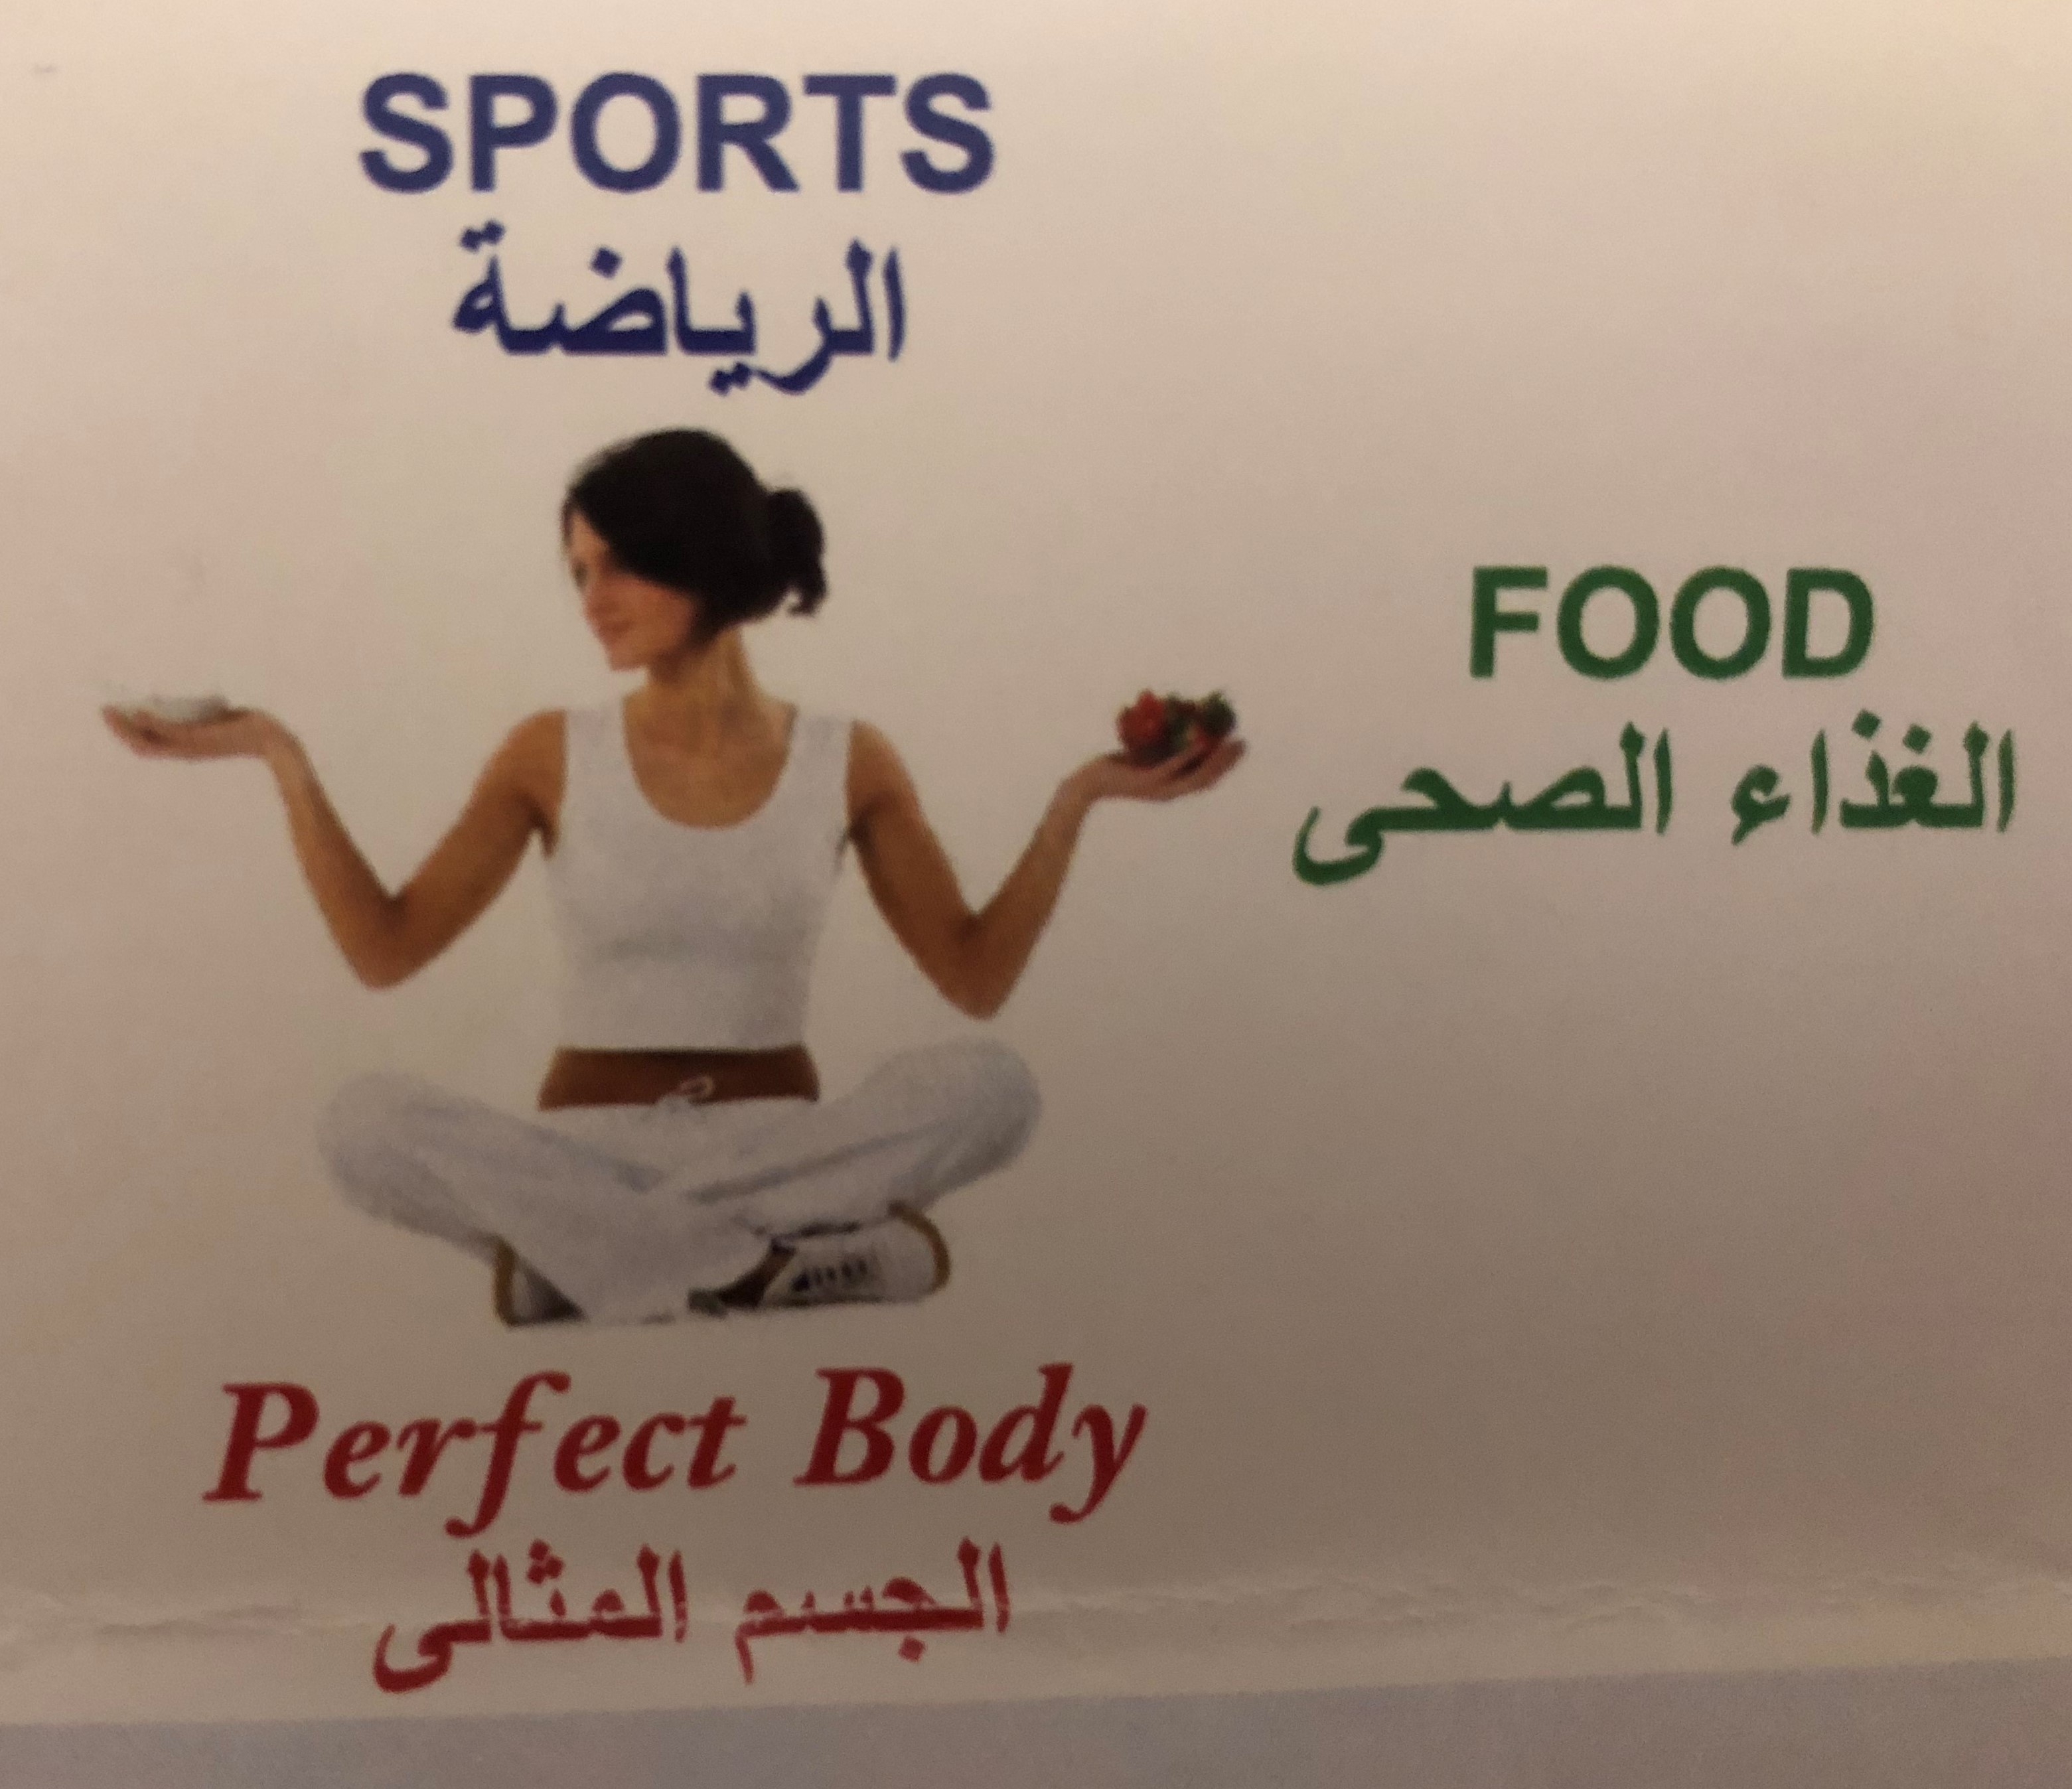
Text in image: الرياضة الغذاء الصحى الجسم المثالى SPORTS FOOD Body Perfect